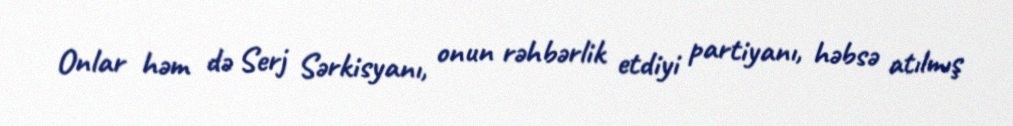
Onlar həm də Serj Sərkisyanı, onun rəhbərlik etdiyi partiyanı, həbsə atılmış